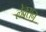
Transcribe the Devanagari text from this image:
लेक्सन